Indian journal of veterinary science and animal husbandry - Volumes 26-27, 1956-1957
Year: 1956
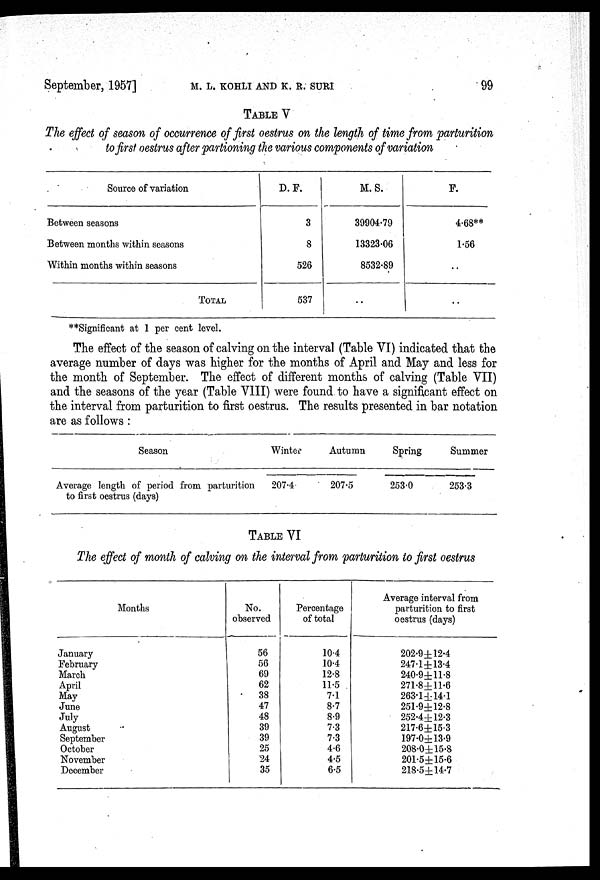
September, 1957]
M. L.
KOHLI
AND
K.
R.
SURI
99
TABLE V
The effect of season of occurrence of first oestrus on the length of time from parturition
to first oestrus after partioning the various components of variation
Source of variation
Between seasons
Between months within seasons
Within months within seasons
TOTAL
D. F.
3
8
526
537
M. S.
39904.79
13323.06
8532.89
..
F.
4.68**
1.56
..
..
**Significant at 1 per cent level.
The effect of the season of calving on the interval (Table VI) indicated that the
average number of days was higher for the months of April and May and less for
the month of September. The effect of different months of calving (Table VII)
and the seasons of the year (Table VIII) were found to have a significant effect on
the interval from parturition to first oestrus. The results presented in bar notation
are as follows :
Season
Average length of period from parturition
to first oestrus (days)
Winter
207.4
Autumn
207.5
Spring
253.0
Summer
253.3
TABLE VI
The effect of month of calving on the interval from parturition to first oestrus
Months
January
February
March
April
May
June
July
August
September
October
November
December
No.
observed
56
56
69
62
38
47
48
39
39
25
24
35
Percentage
of total
10.4
10.4
12.8
11.5
7.1
8.7
8.9
7.3
7.3
4.6
4.5
6.5
Average interval from
parturition to first
oestrus (days)
202.9±12.4
247.1±13.4
240.9±11.8
271.8±11.6
263.1±14.l
251.9±12.8
252.4±12.3
217.6±15.3
197.0±13.9
208.0±15.8
201.5±15.6
218.5±14.7